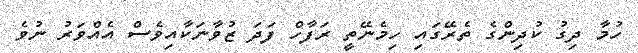
ހުމާ ދިގު ކުދިންގެ ތެރޭގައި ހިމެނޭތީ ރަފާހް ފަދަ ޒުވާނަކާއިވެސް އެއްވަރު ނުވެ